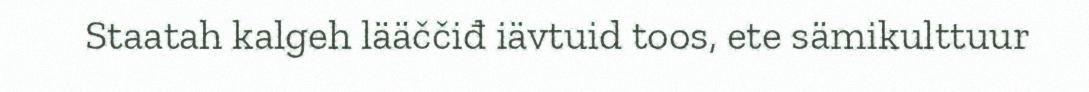
Staatah kalgeh lääččiđ iävtuid toos, ete sämikulttuur